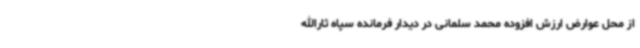
از محل عوارض ارزش افزوده محمد سلمانی در دیدار فرمانده سپاه ثارالله